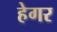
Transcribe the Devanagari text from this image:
हेगर